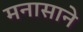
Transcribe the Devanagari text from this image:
मनासाने